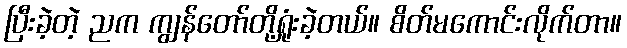
ပြီးခဲ့တဲ့ ညက ကျွန်တော်တို့ရှုံးခဲ့တယ်။ စိတ်မကောင်းလိုက်တာ။